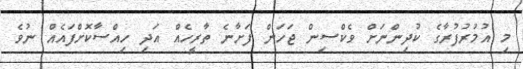
މި އުމުރުފުރާގެ ކުދިންނަށް ވެކްސިން ޖަހަން ފަށާނެ ތާރީހެއް އަދި ހިއްސާކޮށްފައެއް ނުވެ